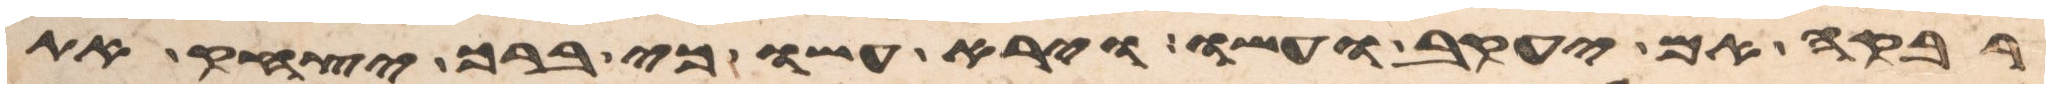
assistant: רבקה אם יעקב ועשו וירא עשו כי ברך יצחק את